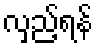
လှည့်ရန်